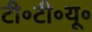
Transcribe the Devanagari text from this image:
टी॰टी॰यू॰